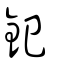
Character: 釲